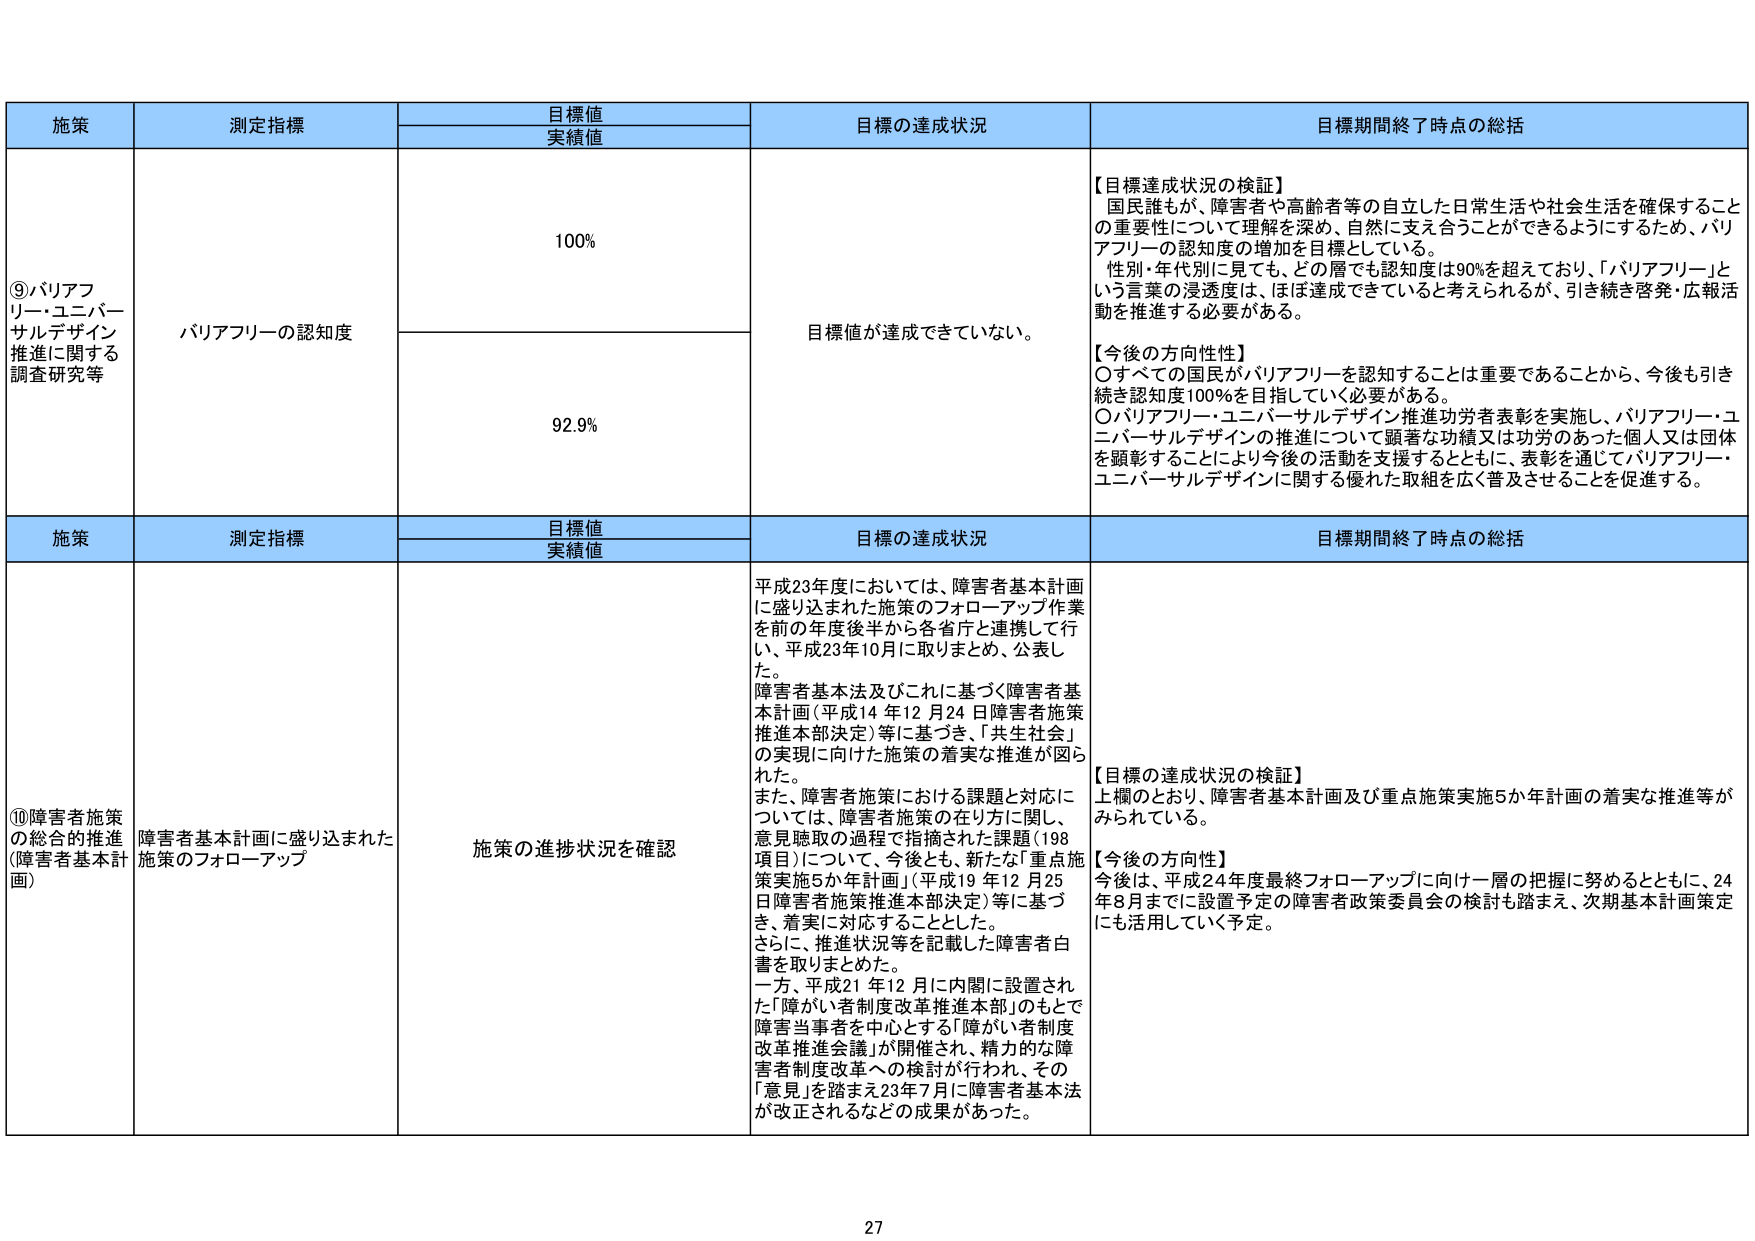
施策 測定指標 目標値 実績値 目標の達成状況 目標期間終了時点の総括 ⑨バリアフリー・ユニバーサルデザイン推進に関する調査研究等 バリアフリーの認知度 100% 目標値が達成できていない。 【目標達成状況の検証】 国民誰もが、障害者や高齢者等の自立した日常生活や社会生活を確保することの重要性について理解を深め、自然に支え合うことができるようとするため、バリアフリーの認知度の増加を目標としている。 性別・年代別に見ても、どの層でも認知度は90%を超えており、「バリアフリー」という言葉の浸透度は、ほぼ達成できていると考えられるが、引き続き啓発・広報活動を推進する必要がある。 【今後の方向性】 ○すべての国民がバリアフリーを認知することは重要であることから、今後も引き続き認知度100%を目指していく必要がある。 ○バリアフリー・ユニバーサルデザイン推進功労者表彰を実施し、バリアフリー・ユニバーサルデザインの推進について顕著な功績又は功労のあった個人又は団体を顕彰することにより今後の活動を支援するとともに、表彰を通じてバリアフリー・ユニバーサルデザインに関する優れた取組を広く普及させることを促進する。 92.9% 施策 測定指標 目標値 実績値 目標の達成状況 目標期間終了時点の総括 ⑩障害者施策の総合的推進（障害者基本計画） 障害者基本計画に盛り込まれた施策のフォローアップ 施策の進捗状況を確認 平成23年度においては、障害者基本計画に盛り込まれた施策のフォローアップ作業を前の年度後半から各省庁と連携して行い、平成23年10月に取りまとめ、公表した。 障害者基本法及びこれに基づく障害者基本計画（平成14年12月24日障害者施策推進本部決定）等に基づき、「共生社会」の実現に向けた施策の着実な推進が図られた。 また、障害者施策における課題と対応については、障害者施策の在り方に関し、意見聴取の過程で指摘された課題（198項目）について、今後とも、新たな「重点施策実施5か年計画」（平成19年12月25日障害者施策推進本部決定）等に基づき、着実に対応することとした。 さらに、推進状況等を記載した障害者白書を取りまとめた。 一方、平成21年12月に内閣に設置された「障がい者制度改革推進本部」のもとで障害当事者を中心とする「障がい者制度改革推進会議」が開催され、精粋的な障害者制度改革への検討が行われ、その「意見」を踏まえ23年7月に障害者基本法が改正されるなどの成果があった。 【目標の達成状況の検証】 上欄のとおり、障害者基本計画及び重点施策実施5か年計画の着実な推進等がみられている。 【今後の方向性】 今後は、平成24年度最終フォローアップに向け一層の把握に努めるとともに、24年8月までに設置予定の障害者政策委員会の検討も踏まえ、次期基本計画策定にも活用していく予定。 27